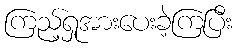
ကြည့်ရှုအားပေးခဲ့ကြပြီး